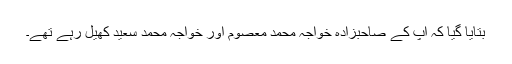
بتایا گیا کہ آپ کے صاحبزادہ خواجہ محمد معصومؒ اور خواجہ محمد سعیدؒ کھیل رہے تھے۔